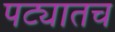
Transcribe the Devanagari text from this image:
पट्यातच